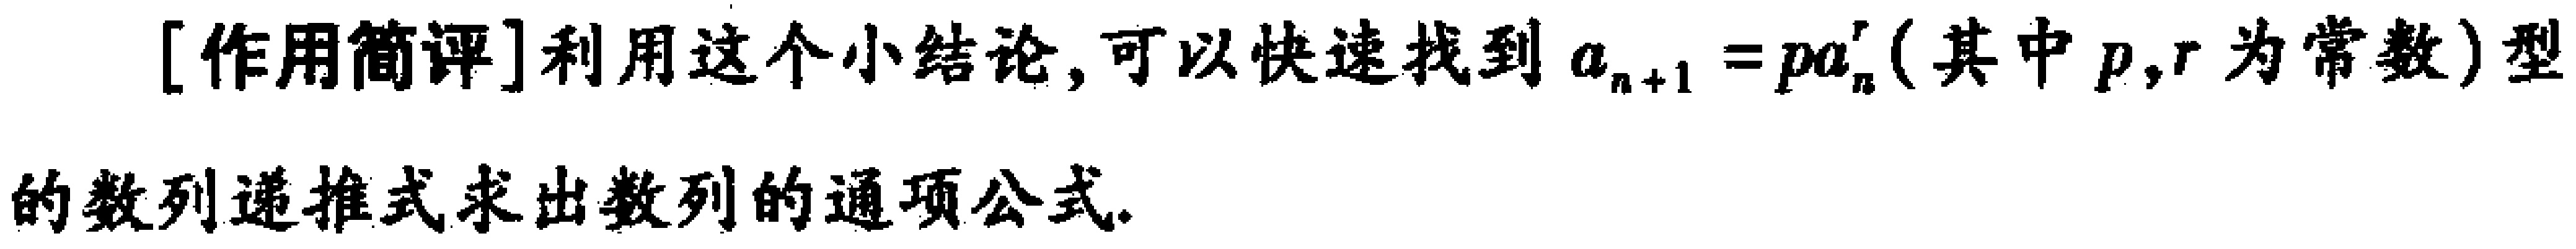
[作用简评]利用这个小结论,可以快速找到 \(a_{n + 1} = pa_{n}^{r}\)(其中 \(p,r\)为常数)型的数列递推式求出数列的通项公式.